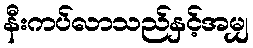
နီးကပ်လာသည်နှင့်အမျှ